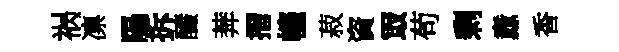
祸凛陽拆釅莾摺幰菽資冣苟剰纛香